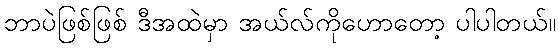
ဘာပဲဖြစ်ဖြစ် ဒီအထဲမှာ အယ်လ်ကိုဟောတော့ ပါပါတယ်။